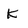
Character: k